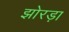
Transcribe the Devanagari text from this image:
झोरड़ा